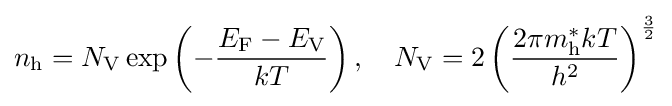
n_{\text{h}}=N_{\text{V}}\exp \left(-{\frac {E_{\text{F}}-E_{\text{V}}}{kT}}\right),\quad N_{\text{V}}=2\left({\frac {2\pi m_{\text{h}}^{*}kT}{h^{2}}}\right)^{\frac {3}{2}}